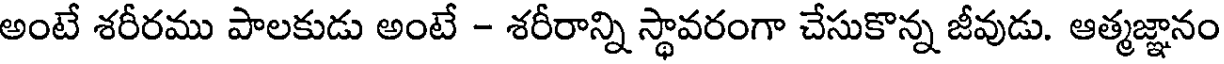
అంటే శరీరము పాలకుడు అంటే - శరీరాన్ని స్థావరంగా చేసుకొన్న జీవుడు. ఆత్మజ్ఞానం